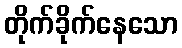
တိုက်ခိုက်နေသော